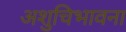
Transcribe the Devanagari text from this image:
अशुचिभावना